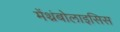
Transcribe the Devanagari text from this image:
मेंथ्रंबोलाइसिस